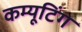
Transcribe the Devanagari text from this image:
कम्यूटिंग